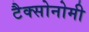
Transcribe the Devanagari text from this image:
टैक्सोनोमी